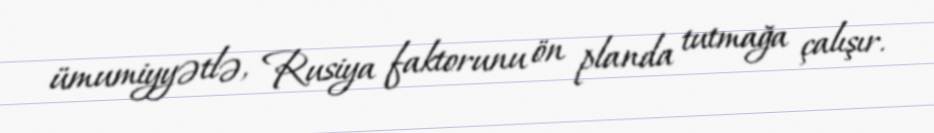
ümumiyyətlə, Rusiya faktorunu ön planda tutmağa çalışır.